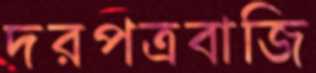
দরপত্রবাজি